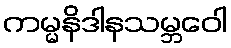
ကမ္မနိဒါနသမ္ဘဝေါ